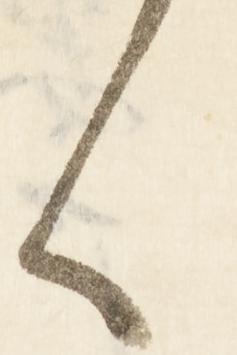
へ